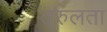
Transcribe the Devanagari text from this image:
तरुलता